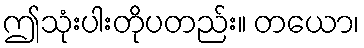
ဤသုံးပါးတိုပတည်း။ တယော၊